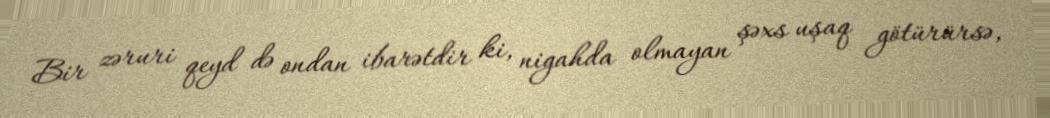
Bir zəruri qeyd də ondan ibarətdir ki, nigahda olmayan şəxs uşaq götürürsə,